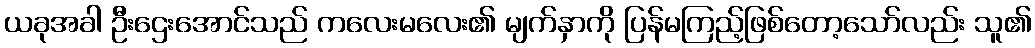
ယခုအခါ ဦးဌေးအောင်သည် ကလေးမလေး၏ မျက်နှာကို ပြန်မကြည့်ဖြစ်တော့သော်လည်း သူ၏